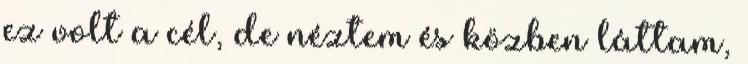
ez volt a cél, de néztem és közben láttam,